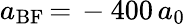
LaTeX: a_{\mathrm{BF}}\, {=}\, -400\, a_{0}